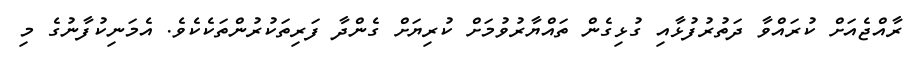
ރާއްޖެއަށް ކުރައްވާ ދަތުރުފުޅާއި ގުޅިގެން ތައްޔާރުވުމަށް ކުރިޔަށް ގެންދާ ފަރިތަކުރުންތަކެކެވެ. އެމަނިކުފާނުގެ މި